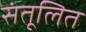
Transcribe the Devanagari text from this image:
संतूलित